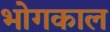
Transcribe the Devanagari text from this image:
भोगकाल